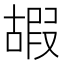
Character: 嘏